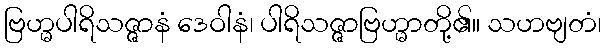
ဗြဟ္မပါရိသဇ္ဇာနံ ဒေဝါနံ၊ ပါရိသဇ္ဇာဗြဟ္မာတို့၏။ သဟဗျတံ၊